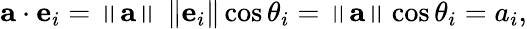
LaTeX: \mathbf{a}\cdot\mathbf{e}_{i}=\left\| \mathbf{a}\right\| \, \left\| \mathbf{e}_{i}\right\| \cos\theta_{i}=\left\| \mathbf{a}\right\| \cos\theta_{i}=a_{i},